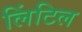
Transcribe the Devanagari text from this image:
लिंटिल